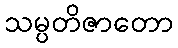
သမ္ပတိဇာတော